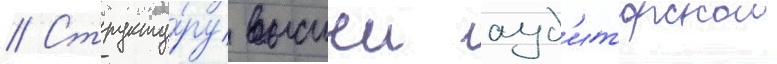
// Структу́ру высшеи ауд'иторскои